Report on enteric fever
Disease focus: Fever
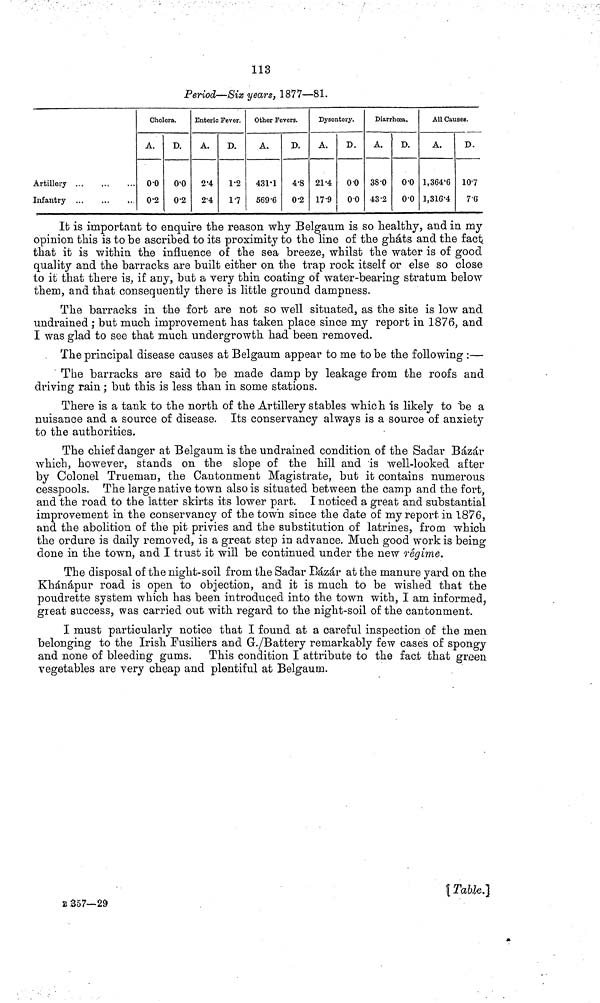
113
Period—Six years, 1877—81.
Artillery .. ...
Infantry
Cholera.
A.
0 0
0 2
D.
0 0
0 2
Enteric Fever.
A.
2 4
2 4
D.
1 2
1 7
Other Fevers.
A.
431 1
569 6
D.
4 8
0 2
Dysentery.
A.
21 4
17 9
D.
0 0
0 0
Diarrhoea.
A.
38 0
43 2
D.
0 0
0 0
All Causes.
A.
1,364'6
1,316 4
D.
10 7
7 G
It is important to enquire the reason why Belgaum is so healthy, and in my
opinion this is to be ascribed to its proximity to the line of the ghats and the fact
that it is within the influence of the sea breeze, whilst the water is of good
quality and the barracks are built either on the trap rock itself or else so close
to it that there is, if any, but a very thin coating of water bearing stratum below
them, and that consequently there is little ground dampness.
The barracks in the fort are not so well situated, as the site is low and
undrained ; but much improvement has taken place since my report in 1876, and
I was glad to see that much undergrowth had been removed.
The principal disease causes at Belgaum appear to me to be the following :—
The barracks are said to be made damp by leakage from the roofs and
driving rain; but this is less than in some stations.
There is a tank to the north of the Artillery stables which is likely to "be a
nuisance and a source of disease. Its conservancy always is a source of anxiety
to the authorities.
The chief danger at Belgaum is the undrained condition of the Sadar Bázár
which, however, stands on the slope of the hill and is well looked after
by Colonel Trueman, the Cantonment Magistrate, but it contains numerous
cesspools. The large native town also is situated between the carnp and the fort,
and the road to the latter skirts its lower part. I noticed a great and substantial
improvement in the conservancy of the town since the date of my report in 1876,
and the abolition of the pit privies and the substitution of latrines, from which
the ordure is daily removed, is a great step in advance. Much good work is being
done in the town, and I trust it will be continued under the new régime.
The disposal of the night soil from the Sadar Bázár at the manure yard on the
Khánápur road is open to objection, and it is much to be wished that the
poudrette system which has been introduced into the town with, 1 am informed,
great success, was carried out with regard to the night soil of the cantonment.
I must particularly notice that I found at a careful inspection of the men
belonging to the Irish Fusiliers and G./Battery remarkably few cases of spongy
and none of bleeding gums. This condition I attribute to the fact that green
vegetables are very cheap and plentiful at Belgaum.
[Table.]
E 357—29